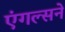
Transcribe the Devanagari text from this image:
एंगल्सने